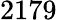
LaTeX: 2179